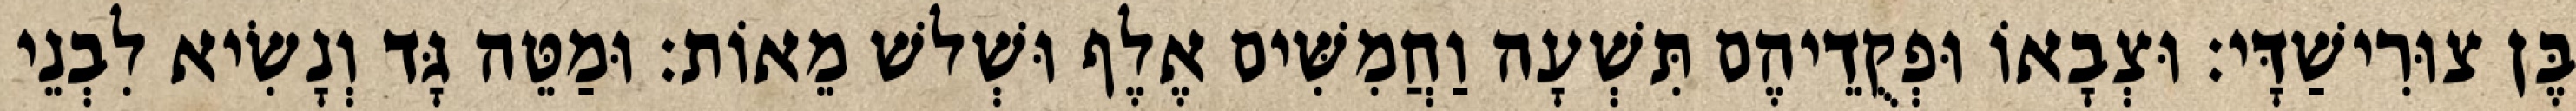
בֶּן צוּרִישַׁדָּי׃ וּצְבָאוֹ וּפְקֻדֵיהֶם תִּשְׁעָה וַחֲמִשִּׁים אֶלֶף וּשְׁלשׁ מֵאוֹת׃ וּמַטֵּה גָּד וְנָשִׂיא לִבְנֵי